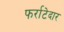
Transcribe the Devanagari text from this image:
फर्राटेदार